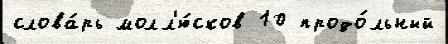
слова́рь молл'ю́сков 10 продо́льный